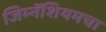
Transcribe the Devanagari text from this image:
जिम्नॅशियमचा